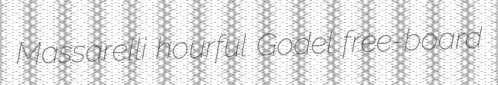
Massarelli hourful Godel free-board